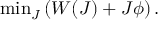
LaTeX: \mathrm { m i n } _ { J } \left( W ( J ) + J \phi \right) .